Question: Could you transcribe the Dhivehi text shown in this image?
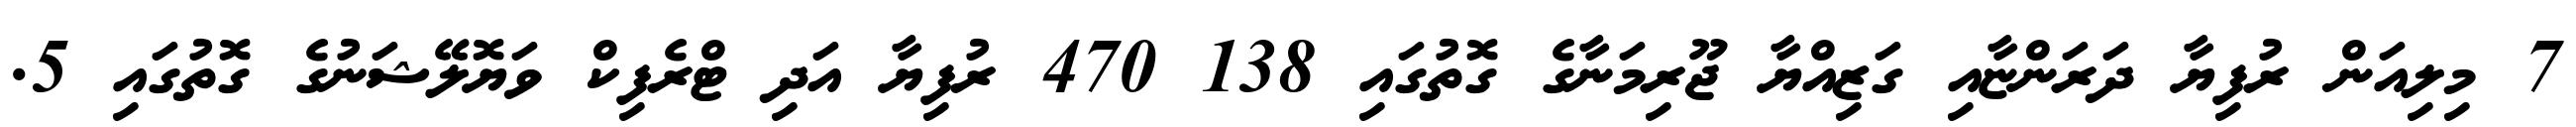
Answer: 7 މިލިއަން ރުފިޔާ ދަރަންޏާއި ގަޒިއްޔާ ޖޫރިމަނާގެ ގޮތުގައި 138 470 ރުފިޔާ އަދި ޓްރެފިކް ވަޔޮލޭޝަނުގެ ގޮތުގައި 5.